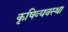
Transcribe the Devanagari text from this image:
कृषिव्‍यवस्था